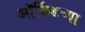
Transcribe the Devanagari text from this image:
ऑर्किडच्या